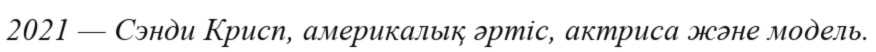
2021 — Сэнди Крисп, америкалық әртіс, актриса және модель.